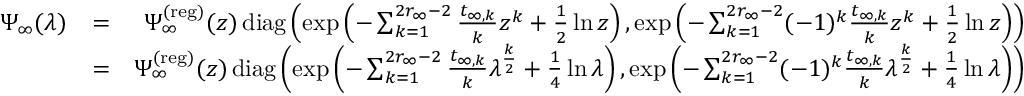
\begin{array} { r l r } { \Psi _ { \infty } ( \lambda ) } & { = } & { \Psi _ { \infty } ^ { ( \mathrm { r e g } ) } ( z ) \, { \operatorname { d i a g } } \left( \exp \left( - \sum _ { k = 1 } ^ { 2 r _ { \infty } - 2 } \frac { t _ { \infty , k } } { k } z ^ { k } + \frac { 1 } { 2 } \ln z \right) , \exp \left( - \sum _ { k = 1 } ^ { 2 r _ { \infty } - 2 } ( - 1 ) ^ { k } \frac { t _ { \infty , k } } { k } z ^ { k } + \frac { 1 } { 2 } \ln z \right) \right) } \\ & { = } & { \Psi _ { \infty } ^ { ( \mathrm { r e g } ) } ( z ) \, { \operatorname { d i a g } } \left( \exp \left( - \sum _ { k = 1 } ^ { 2 r _ { \infty } - 2 } \frac { t _ { \infty , k } } { k } \lambda ^ { \frac { k } { 2 } } + \frac { 1 } { 4 } \ln \lambda \right) , \exp \left( - \sum _ { k = 1 } ^ { 2 r _ { \infty } - 2 } ( - 1 ) ^ { k } \frac { t _ { \infty , k } } { k } \lambda ^ { \frac { k } { 2 } } + \frac { 1 } { 4 } \ln \lambda \right) \right) } \\ & { } & \end{array}